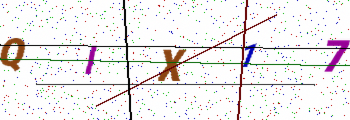
Text: QIX17